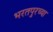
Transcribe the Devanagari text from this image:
भरतपुरच्या